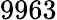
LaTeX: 9963